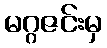
မဂ္ဂဇင်းမှ